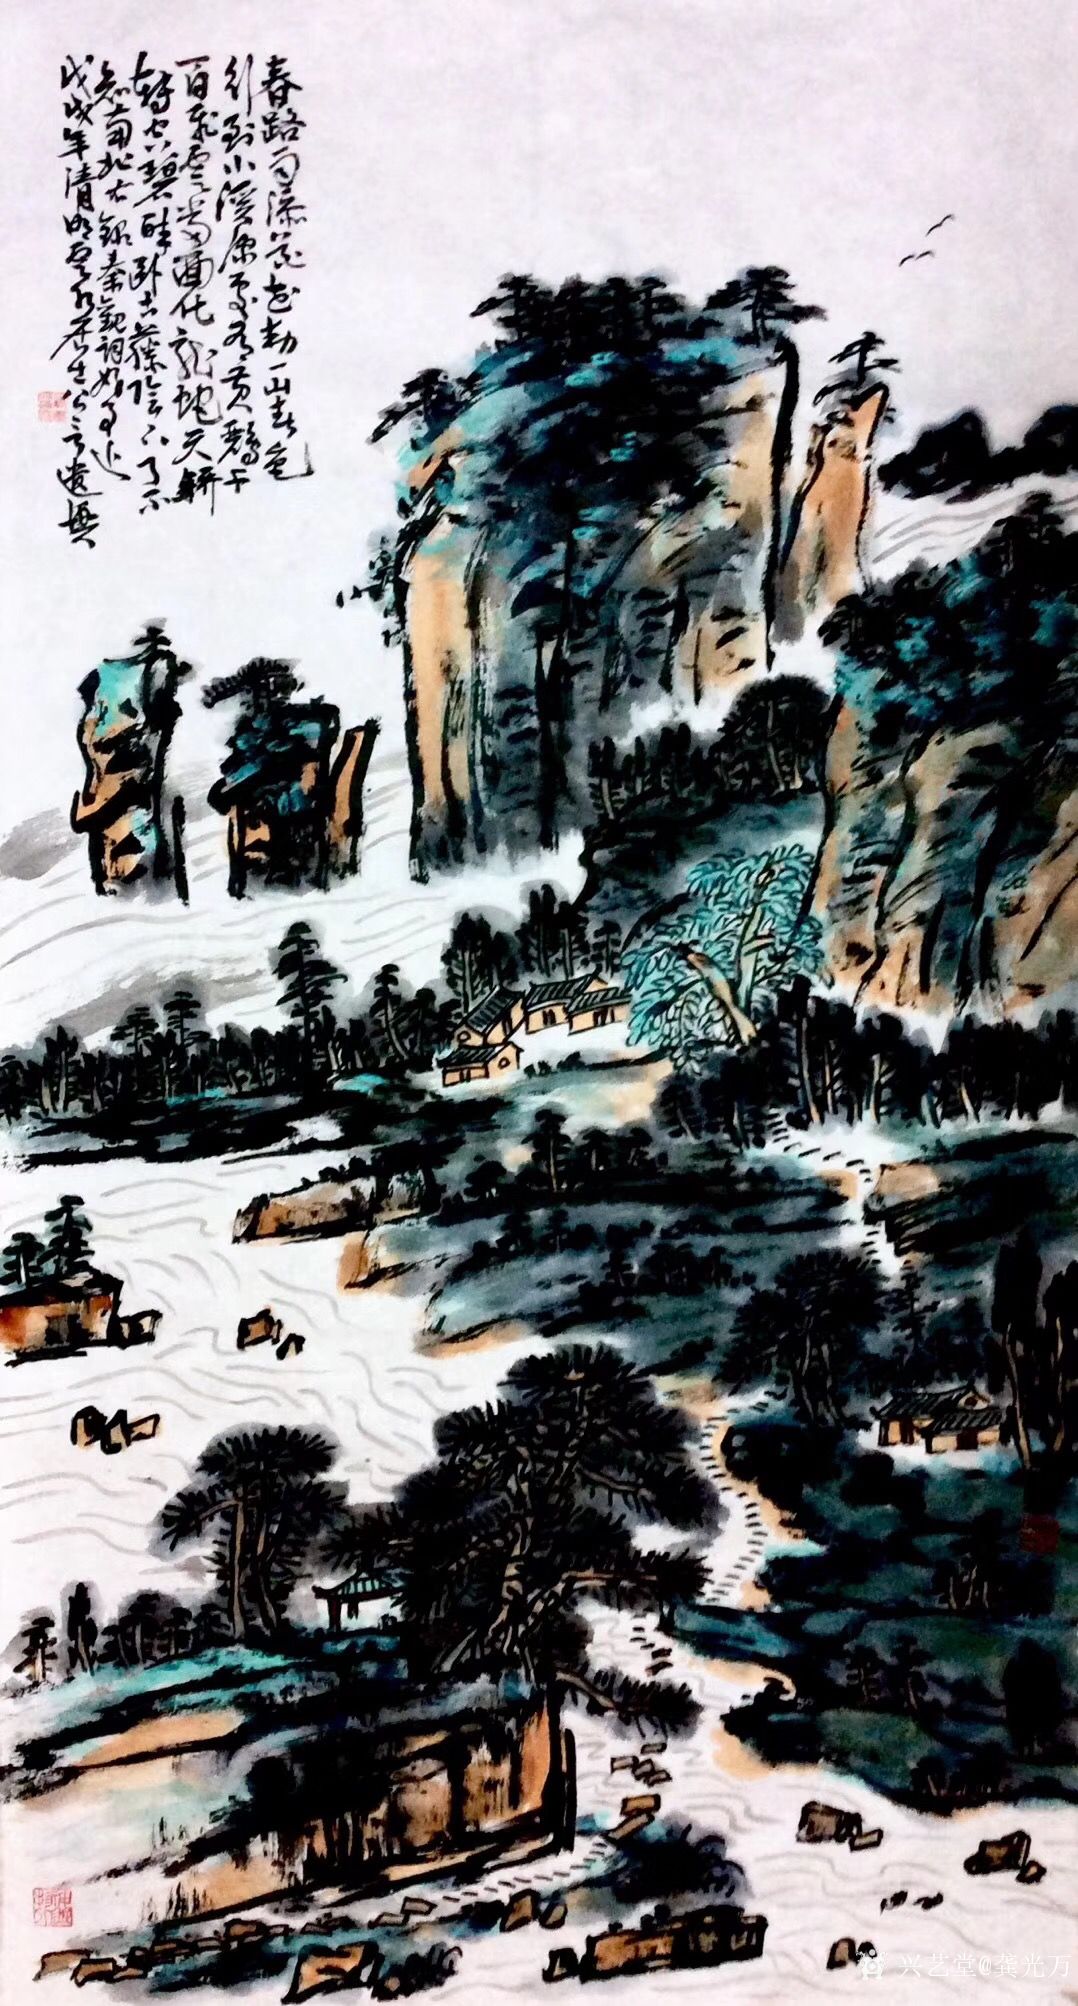
行到小溪深处，有黄鹂千百。